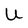
Character: U